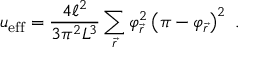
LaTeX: u _ { \mathrm { e f f } } = \frac { 4 \ell ^ { 2 } } { 3 \pi ^ { 2 } L ^ { 3 } } \sum _ { \vec { r } } \varphi _ { \vec { r } } ^ { 2 } \left( \pi - \varphi _ { \vec { r } } \right) ^ { 2 } \ .